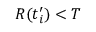
R ( t _ { i } ^ { \prime } ) < T